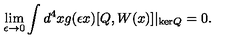
\lim _ { \epsilon \to 0 } \int d ^ { 4 } x g ( \epsilon x ) [ Q , W ( x ) ] \vert _ { \mathrm { k e r } Q } = 0 .